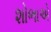
શોભાએ